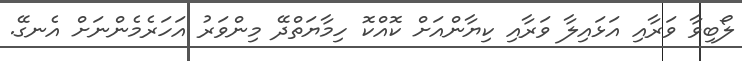
ލޯބިވާ ވަރާއި އަޅައިލާ ވަރާއި ކިޔާންއަށް ކޮއްކޮ ހިމާޔަތްދޭ މިންވަރު އަހަރެމެންނަށް އެނގޭ.